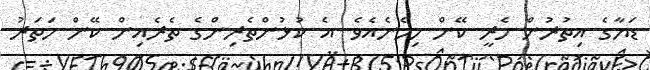
ޑަޔާގެ އިތުރުން ހެރީ ކޭން ހިމެނެއެވެ. އެ ކުޅުންތެރިންގެ ތެރެއިން ކޭން ހަތަރު